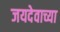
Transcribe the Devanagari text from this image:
जयदेवाच्या